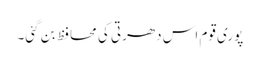
پوری قوم اس دھرتی کی محافظ بن گئی۔